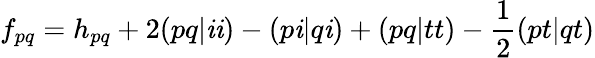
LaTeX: f_{pq}=h_{pq}+2(pq|\mathit{i}\mathit{i})-(p\mathit{i}|q\mathit{i})+(pq|tt)-\frac{{1}}{{2}}(pt|qt)